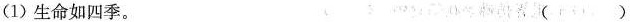
(1)生命如四季。 ( )